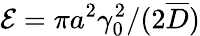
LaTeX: \mathcal{E}=\pi a^{2}\gamma_{0}^{2}/(2\overline{{D}})